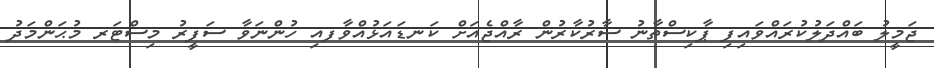
ޖަމީލު ބައްދަލުކުރައްވައިފި ޕާކިސްތާނު ސާރުކާރުން ރާއްޖެއަށް ކަނޑައަޅުއްވާފއި ހުންނަވާ ސަފީރު މިސްޓަރ މުޙަންމަދު